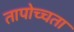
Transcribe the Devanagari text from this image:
तापोच्चता